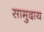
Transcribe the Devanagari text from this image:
सामुदाय